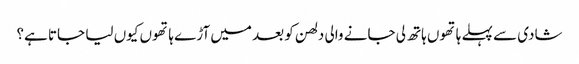
شادی سے پہلے ہاتھوں ہاتھ لی جانے والی دلھن کو بعد میں آڑے ہاتھوں کیوں لیا جاتا ہے؟